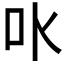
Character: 𠮺